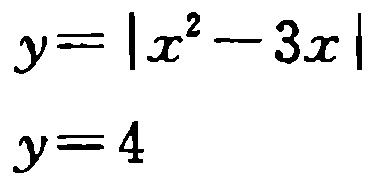
\(y = \left| x^{2} - 3x \right|\)
\(y = 4\)